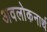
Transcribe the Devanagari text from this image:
अवलोकनार्थ